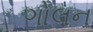
ગોલન